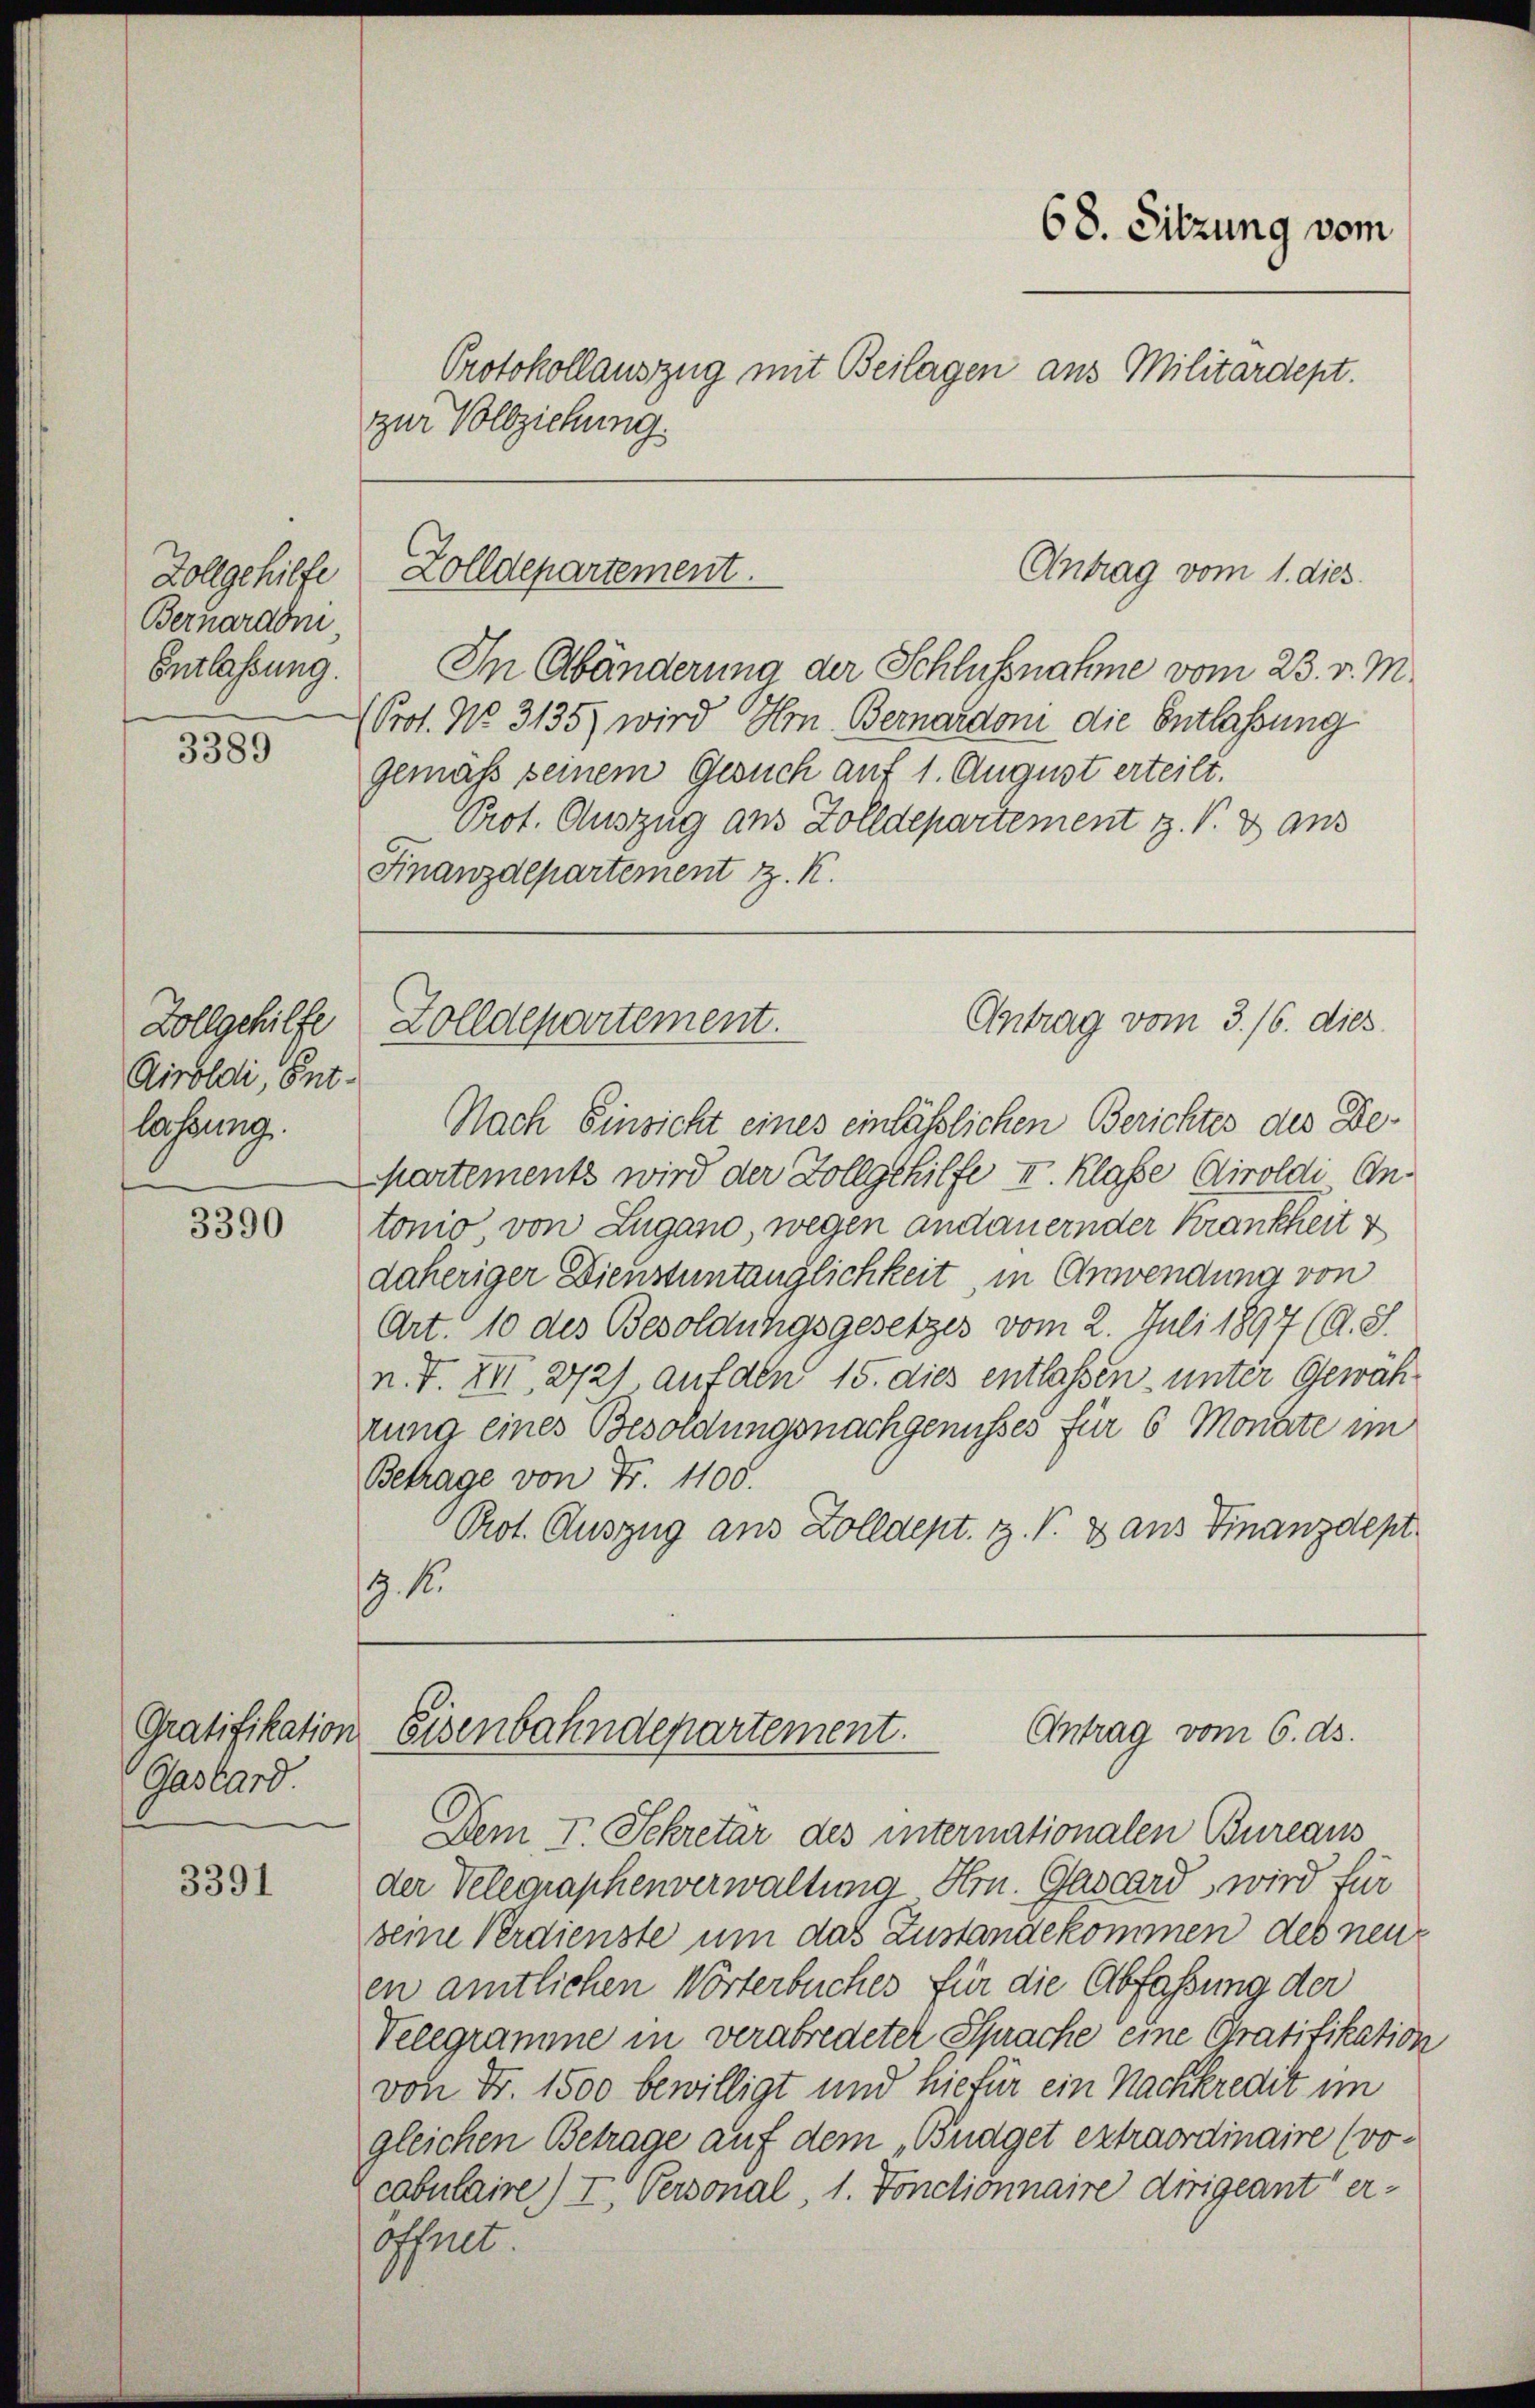
Zollgehilfe
Bernardom
Entlassung.

3389

Zollgehilfe
Airoldi, Entlassung.

3390

Gratifikation
Gastard

3391

zur Vollziehung.

Zolldepartement.

In Abänderung der Schlussnahme vom 23. v. M.
(Prof. No. 3135) wird Hrn. Bernardon die Entlassung
gemäß seinem Gesuch auf 1. August erteilt.
Prot. Auszug aus Zolldepartement z. V. 3 aus
Finanzdepartement z. K.

68. Sitzung vom
Protokollauszug mit Beilagen aus Militärdept.

Antrag vom 1. dies

Nach Einsicht eines einläßlichen Berichtes des De¬
Martements wird der Zollgehilfe I. Klasse Airoldi An-
tonio, von Zugano, wegen andauernder Krankheit v
daheriger Dienstuntänglichkeit, in Anwendung von
Art. 10 des Besoldungsgesetzes vom 2. Juli 1897 (A. S.
n. F. XII, 272) auf den 15. dies entlassen, unter Gewährung eines Besoldungsnachgenusses für 6 Monate im
Betrage von Fr. 1100.
Prot. Auszug aus Zolldept. Z. V. 3 aus Finanzdept.
. 1.

Antrag vom 3. 16. dies
Zolldepartement.

Antrag vom 6. ds.
Eisenbahndepartement.

Dem I. Sekretar des internationalen Bureaus
der Velegraphenverwaltung Hrn. Gascard, wird für
seine Verdienste um das Zustandekommen des neue
en amtlichen Wörterbuches für die Abfassung der
Velegramme in verabredeter Sprache eine Gratifikation
von Fr. 1500 bewilligt und hiefür ein Nachkredit im
gleichen Betrage auf dem „Budget extraordinaire (vo-
cabulaire) I. Personal, 1. Vonctionnaire dirigeant eröffnet.